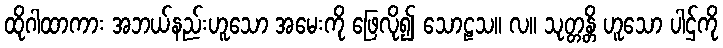
ထိုဂါထာကား အဘယ်နည်းဟူသော အမေးကို ဖြေလို၍ သောဠသ။ လ။ သုတ္တန္တိ ဟူသော ပါဌ်ကို